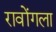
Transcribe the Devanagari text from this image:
रावोंगला